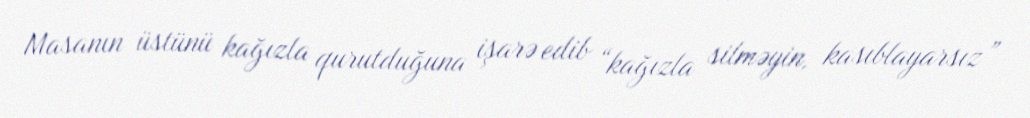
Masanın üstünü kağızla qurutduğuna işarə edib “kağızla silməyin, kasıblayarsız”